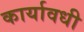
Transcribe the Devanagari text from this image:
कार्यावधी